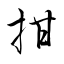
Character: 拑